Leaving Certificate Examination, 1905
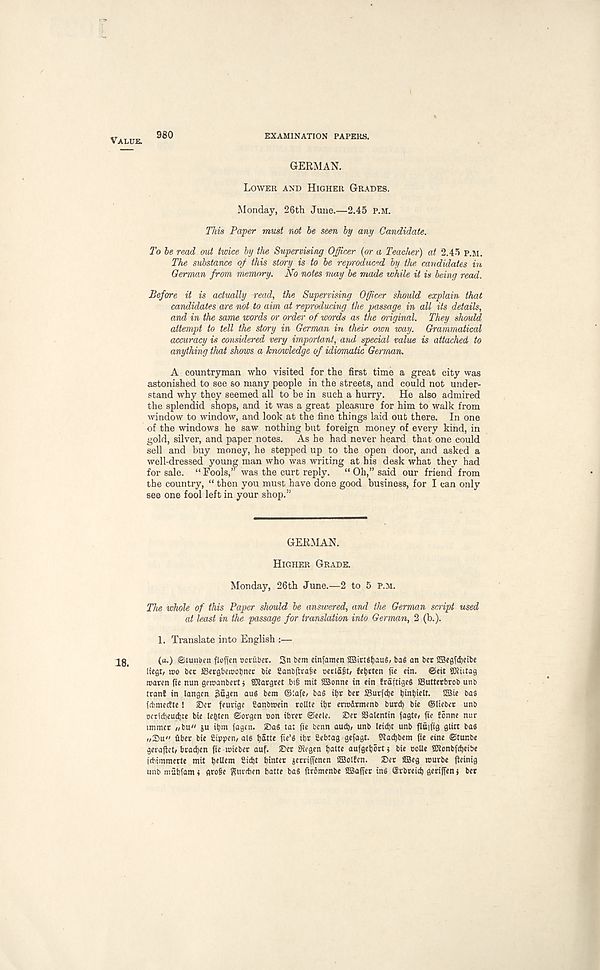
VALUE.
EXAMINATION PAPERS,
18.
GERMAN.
LOWER AND HIGHER GRADES.
Monday, 26th June.—2.45 P.M.
This Paper must not be seen by any Candidate.
To be read out twice by the Supervising Officer {or a Teacher) at 2.45 P.M.
The substance of this story is to be reproduced by the candidates in
German from memory. No notes may be made while it is being read.
Before it is actually read, the Supervising Officer should explain that
candidates are not to aim at reproducing the passage in all its details,
and in the same words or order of words as the original. They should
attempt to tell the story in German in their own way. Grammatical
accuracy is considered very important, and, special value is attached to
anything that shows a knowledge of idiomatic German.
A countryman who visited for the first time a great city was
astonished to see so many people in the streets, and could not under-
stand why they seemed all to be in such a hurry.
He also admired
the splendid shops, and it was a great pleasure for him to walk from
window to window, and look at the fine things laid out there. In one
of the windows he saw nothing but foreign money of every kind, in
gold, silver, and paper notes. As he had never heard that one could
sell and buy money, he stepped up to the open door, and asked a
well-dressed young man who was writing at his desk what they had
for sale. “ Fools,” was the curt reply.
“ Oh,” said our friend from
the country, “ then you must have done good business, for I can only
see one fool left in your shop.”
GERMAN.
HIGHER GRADE.
Monday, 26th June.—2 to 5 P.M.
The whole of this Paper should be answered, and the German script used
at least in the passage for translation into German, 2 (b.).
1. Translate into English :—
(a.) ©uini'en flofien coruber. 3n bem einfamen SBirUtjauS, bag an ber Sffiegf^eibe
Itegt, ico bee SJergbetcobner bie Sanbjtra&e cerlafit/ fetjeten fie etn. @eit ©iiitag
tcaren fte nun geicanbertj SJiargret bit mit SSBonne in etn frafttgeg SSutterbrob unb
tranl in langcn jSagen auS bem ©lafe, bag ii)r ber ffiurfdje l)ini)ielt. 2Bie bag
fdmieette ! iDer feurige Canbtcein route ii)t encirmenb burd) bie ©lieber unb
ccr(cl)eud)te bie lefcten ©orgen con ibrer ©eele. ®er Salentin fagte, fie I5nne nur
unmet /,bu" su ibm fagen* ©ag ta: fie benn aud), unb leidjt unb flttifig glitt bag
i/Su" uber bie iiippen, alg t)5tte fie’g il)t Sebiag gefagt. Stadjbem fie eine ©tur.be
gerajtct, bradjen fie tcieber auf. >Der SRegen ijatte aufgebort j bie ooUe SKonbfdjeibe
idiimmerte mit tRHem
Winter jerriffenen Sffiollcn. Set ©eg tcurbe jteinig
unb miibfam 4 gro§e Rttrdien batte bag frromenbe 2BaiTer ing ©rbreid) gerijfen j bet